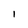
Character: I